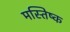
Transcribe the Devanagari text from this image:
मस्तिष्क